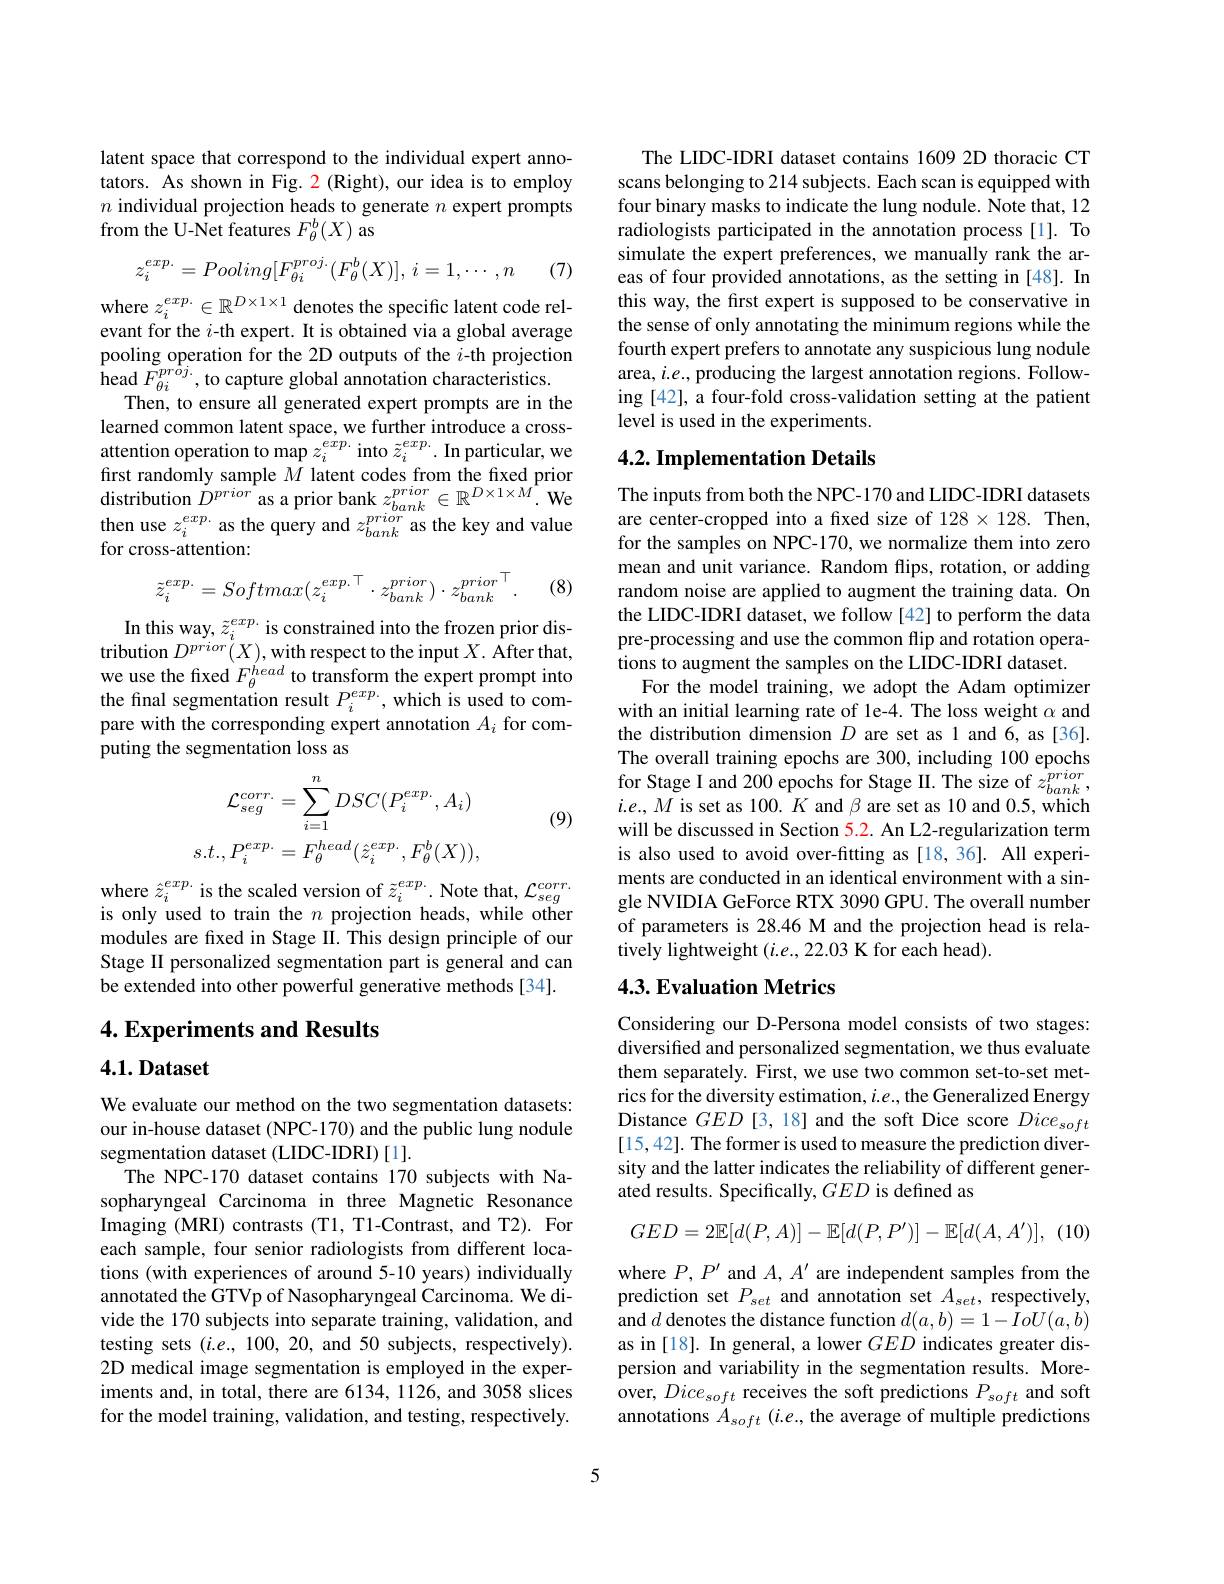
latent space that correspond to the individual expert annotators. As shown in Fig. 2(Right), our idea is to employ $n$ individual projection heads to generate $n$ expert prompts from the U-Net features $F_\theta^b(X)$ as
$$z_{i}^{exp.}=Pooling[F_{\theta i}^{proj.}(F_{\theta}^{b}(X)],\:i=1,\cdots,n$$
(7)

where $z_i^{exp.}\in\mathbb{R}^{D\times1\times1}$ denotes the specific latent code relevant for the $i$-th expert. It is obtained via a global average pooling operation for the 2D outputs of the $i$-th projection $\operatorname*{head}_{\varpi1}\tilde{F}_{\theta i}^{pr\hat{o}j.}$,to capture global annotation characteristics.
Then, to ensure all generated expert prompts are in the learned common latent space, we further introduce a crossattention operation to map $z_i^{exp.}$ into $\tilde{z}_i^{exp.}.$ In particular, we first randomly sample $M$ latent codes from the fixed prior distribution $\dot{D}^{prior}$ as a prior bank $z_bank^{prior}\in\mathbb{R}^{D\times1\times M}.$ We then use $z_i^{exp.}$ as the query and $z_bank^{prior}$ as the key and value for cross-attention:
$$\tilde{z}_{i}^{exp.}=Softmax(z_{i}^{exp.\top}\cdot z_{bank}^{prior})\cdot z_{bank}^{prior}^{\top}.$$
(8)

In this way, $\tilde{z}_i^{exp.}$ is constrained into the frozen prior distribution $D^{prior}(X)$,with respect to the input $X.$ After that, we use the fixed $F_{\theta}^{head}$ to transform the expert prompt into the final segmentation result $P_i^{exp.}$, which is used to compare with the corresponding expert annotation $A_i$ for computing the segmentation loss as

(9)
$$\mathcal{L}_{seg}^{corr.}=\sum_{i=1}^{n}DSC(P_{i}^{exp.},A_{i})\\s.t.,P_{i}^{exp.}=F_{\theta}^{head}(\hat{z}_{i}^{exp.},F_{\theta}^{b}(X)),$$
where $\hat{z}_{i}^{exp.}$ is the scaled version of $\tilde{z}_{i}^{exp.}.$ Note that, $\mathcal{L}_seg^{corr.}$ is only used to train the $n$ projection heads, while other modules are fxed in Stage II. This design principle of our Stage II personalized segmentation part is general and can be extended into other powerful generative methods [34].

# 4. Experiments and Results

4.1. Dataset

We evaluate our method on the two segmentation datasets: our in-house dataset (NPC-170) and the public lung nodule segmentation dataset (LIDC-IDRI)[1].
The NPC-170 dataset contains 170 subjects with Nasopharyngeal Carcinoma in three Magnetic Resonance Imaging (MRI) contrasts (T1, T1-Contrast, and T2). For each sample, four senior radiologists from different locations (with experiences of around 5-10 years) individually annotated the GTVp of Nasopharyngeal Carcinoma. We divide the 170 subjects into separate training, validation, and testing sets $(i.e.,100,20$, and 50 subjects, respectively). 2D medical image segmentation is employed in the experiments and, in total, there are 6134, 1126, and 3058 slices for the model training, validation, and testing, respectively.

The LIDC-IDRI dataset contains 1609 2D thoracic CT scans belonging to 214 subjects. Each scan is equipped with four binary masks to indicate the lung nodule. Note that, 12 radiologists participated in the annotation process [1]. To simulate the expert preferences, we manually rank the areas of four provided annotations, as the setting in [48]. In this way, the first expert is supposed to be conservative in the sense of only annotating the minimum regions while the fourth expert prefers to annotate any suspicious lung nodule area, $i.e.$, producing the largest annotation regions. Following [42], a four-fold cross-validation setting at the patient level is used in the experiments.

## 4.2. Implementation Details

The inputs from both the NPC-170 and LIDC-IDRI datasets are center-cropped into a fxed size of 128×128. Then, for the samples on NPC-170, we normalize them into zero mean and unit variance. Random flips, rotation, or adding random noise are applied to augment the training data. On the LIDC-IDRI dataset, we follow [42] to perform the data pre-processing and use the common flip and rotation operations to augment the samples on the LIDC-IDRI dataset.
For the model training, we adopt the Adam optimizer with an initial learning rate of le-4. The loss weight $\alpha$ and the distribution dimension $D$ are set as 1 and 6, as [36]. The overall training epochs are 300, including 100 epochs for Stage I and 200 epochs for Stage II. The size of $z_bank^{prior}$, $i.e.,M$ is set as 100. $K$ and $\beta$ are set as 10 and 0.5, which will be discussed in Section 5.2. An L2-regularization term is also used to avoid over-fitting as [18,36]. All experiments are conducted in an identical environment with a single NVIDIA GeForce RTX 3090 GPU. The overall number of parameters is 28.46 M and the projection head is relatively lightweight $(i.e.,22.03$ K for each head).

## 4.3. Evaluation Metrics

Considering our D-Persona model consists of two stages: diversified and personalized segmentation, we thus evaluate them separately. First, we use two common set-to-set metrics for the diversity estimation, $i.e.$, the Generalized Energy Distance $GED$ [3,18] and the soft Dice score $Dice_{soft}$ [15,42]. The former is used to measure the prediction diversity and the latter indicates the reliability of different generated results. Specifically, $GED$ is defined as
$$GED=2\mathbb{E}[d(P,A)]-\mathbb{E}[d(P,P')]-\mathbb{E}[d(A,A')],$$
(10)

where $P,P^\prime$ and $A,A^\prime$ are independent samples from the prediction set $P_{set}$ and annotation set $A_{set}$, respectively, and $d$ denotes the distance function $d(a,b)=1-IoU(a,b)$ as in [18]. In general, a lower $GED$ indicates greater dispersion and variability in the segmentation results. Moreover, $Dice_{soft}$ receives the soft predictions $P_soft$ and soft annotations $A_{soft}$ ($i.e.$, the average of multiple predictions

5